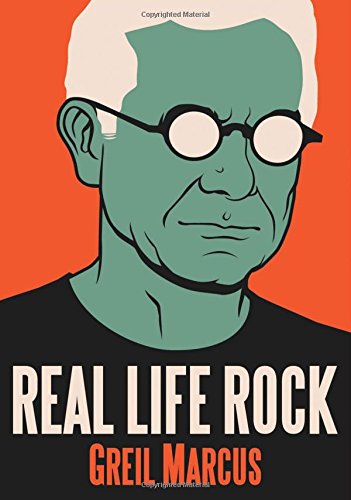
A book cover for Real Life Rock: The Complete Top Ten Columns, 1986-2014; Greil Marcus; Humor & Entertainment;